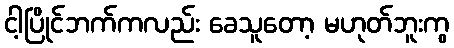
ငါ့ပြိုင်ဘက်ကလည်း ခေသူတော့ မဟုတ်ဘူးကွ